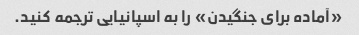
«آماده برای جنگیدن» را به اسپانیایی ترجمه کنید.